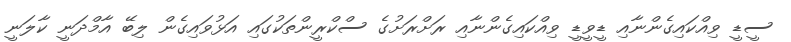
ސީޑީ ވިއްކައިގެންނާއި ޑީވީޑީ ވިއްކައިގެންނާއި ރަށްރަށުގެ ސްކްރީންތަކުގައި އަޅުވައިގެން ލިބޭ އާމްދަނީ ކާލަނީ